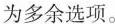
为多余选项。